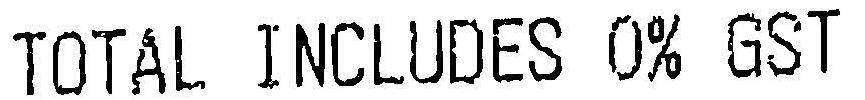
TOTAL INCLUDES 0% GST